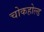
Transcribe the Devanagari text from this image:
चोकहोल्ड